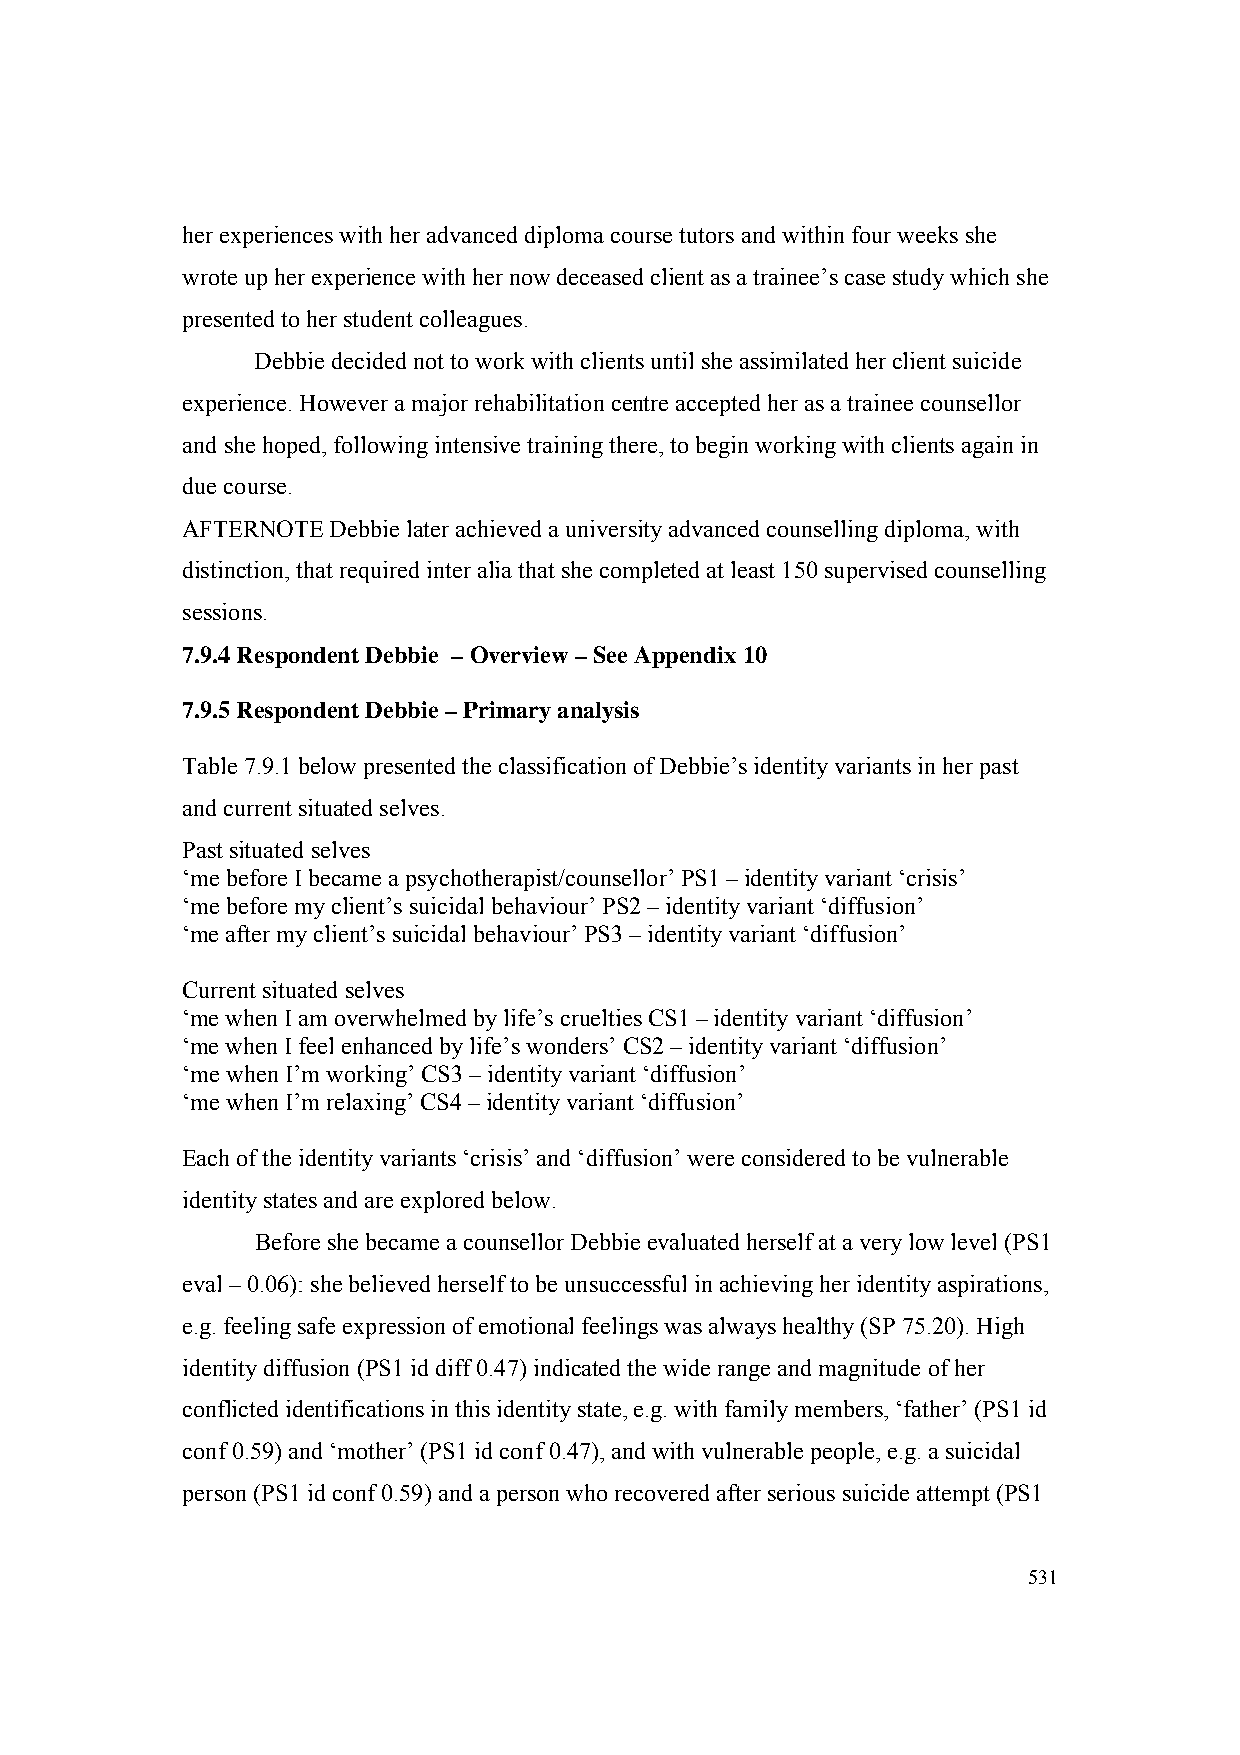
her experiences with her advanced diploma course tutors and within four weeks she
 wrote up her experience with her now deceased client as a trainee’s case study which she
 presented to her student colleagues.
 Debbie decided not to work with clients until she assimilated her client suicide
 experience. However a major rehabilitation centre accepted her as a trainee counsellor
 and she hoped, following intensive training there, to begin working with clients again in
 due course.
 AFTERNOTE Debbie later achieved a university advanced counselling diploma, with
 distinction, that required inter alia that she completed at least 150 supervised counselling
 sessions.
 7.9.4 Respondent Debbie – Overview – See Appendix 10
 7.9.5 Respondent Debbie – Primary analysis
 Table 7.9.1 below presented the classification of Debbie’s identity variants in her past
 and current situated selves.
 Past situated selves
 ‘me before I became a psychotherapist/counsellor’ PS1 – identity variant ‘crisis’
 ‘me before my client’s suicidal behaviour’ PS2 – identity variant ‘diffusion’
 ‘me after my client’s suicidal behaviour’ PS3 – identity variant ‘diffusion’
 Current situated selves
 ‘me when I am overwhelmed by life’s cruelties CS1 – identity variant ‘diffusion’
 ‘me when I feel enhanced by life’s wonders’ CS2 – identity variant ‘diffusion’
 ‘me when I’m working’ CS3 – identity variant ‘diffusion’
 ‘me when I’m relaxing’ CS4 – identity variant ‘diffusion’
 Each of the identity variants ‘crisis’ and ‘diffusion’ were considered to be vulnerable
 identity states and are explored below.
 Before she became a counsellor Debbie evaluated herself at a very low level (PS1
 eval – 0.06): she believed herself to be unsuccessful in achieving her identity aspirations,
 e.g. feeling safe expression of emotional feelings was always healthy (SP 75.20). High
 identity diffusion (PS1 id diff 0.47) indicated the wide range and magnitude of her
 conflicted identifications in this identity state, e.g. with family members, ‘father’ (PS1 id
 conf 0.59) and ‘mother’ (PS1 id conf 0.47), and with vulnerable people, e.g. a suicidal
 person (PS1 id conf 0.59) and a person who recovered after serious suicide attempt (PS1
 531